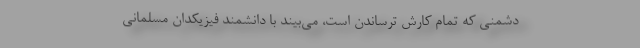
دشمنی که تمام کارش ترساندن است، می‌بیند با دانشمند فیزیکدان مسلمانی